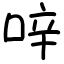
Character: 㖕